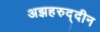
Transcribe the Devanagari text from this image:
अझहरुद्दीन